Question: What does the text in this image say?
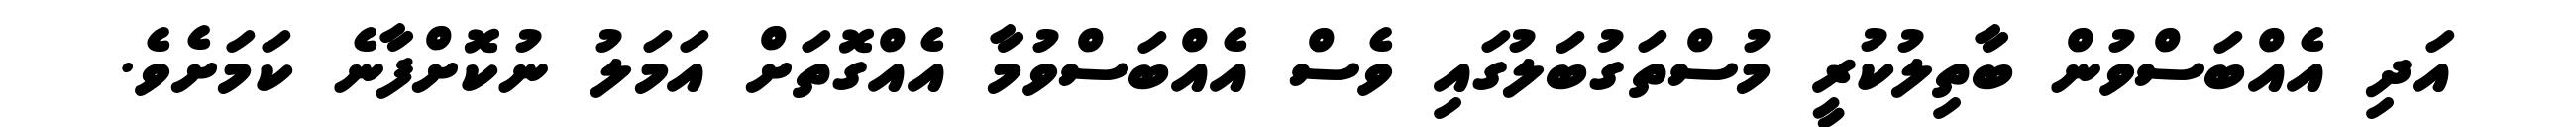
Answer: އަދި އެއްބަސްވުން ބާތިލުކުރީ މުސްތަގުބަލުގައި ވެސް އެއްބަސްވުމާ އެއްގޮތަށް އަމަލު ނުކޮށްފާނެ ކަމަށެވެ.